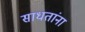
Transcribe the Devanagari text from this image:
साधतांना